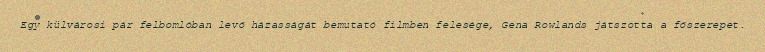
Egy külvárosi pár felbomlóban levő házasságát bemutató filmben felesége, Gena Rowlands játszotta a főszerepet.